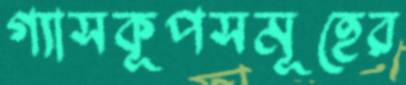
গ্যাসকূপসমূহের